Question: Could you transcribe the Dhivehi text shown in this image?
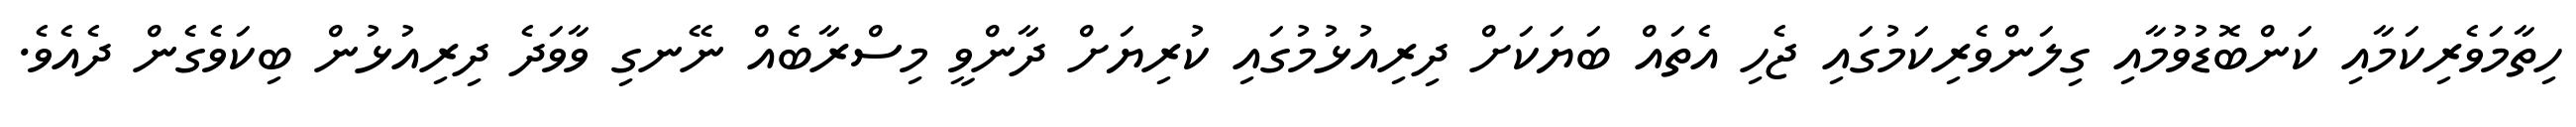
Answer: ހިތާމަވެރިކަމާއި ކަންބޮޑުވުމާއި ގިލަންވެރިކަމުގައި ޖެހި އެތައް ބަޔަކަށް ދިރިއުޅުމުގައި ކުރިޔަށް ދާންވީ މިސްރާބެއް ނޭނގި ވާވަދެ ދިރިއުޅުން ބިކަވެގެން ދެއެވެ.